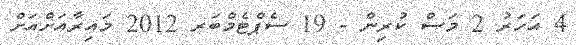
4 އަހަރު 2 މަސް ކުރިން - 19 ސެޕްޓެމްބަރ 2012 މައިރާއަށްއަށް